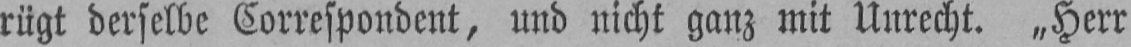
rügt derselbe Correspondent, und nicht ganz mit Unrecht. „Herr